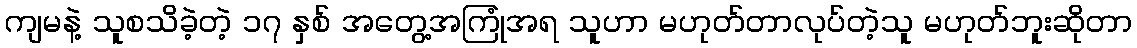
ကျမနဲ့ သူစသိခဲ့တဲ့ ၁၇ နှစ် အတွေ့အကြုံအရ သူဟာ မဟုတ်တာလုပ်တဲ့သူ မဟုတ်ဘူးဆိုတာ